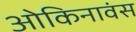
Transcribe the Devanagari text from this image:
ओकिनावंस